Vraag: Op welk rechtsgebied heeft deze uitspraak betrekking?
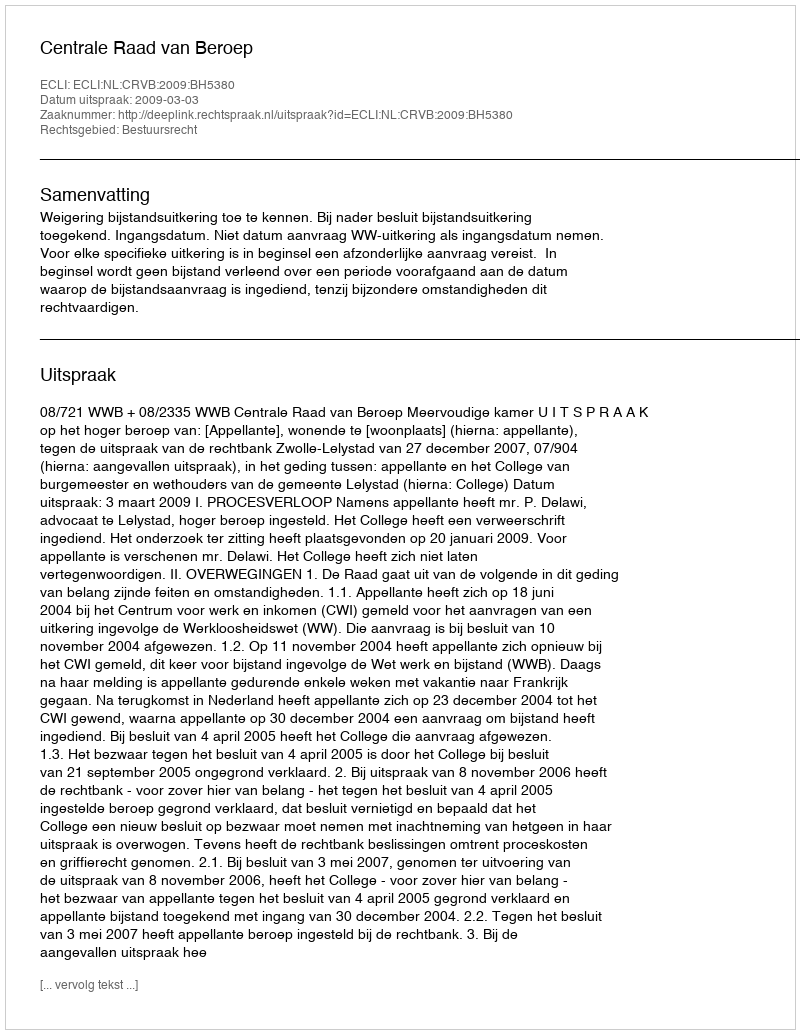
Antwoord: Bestuursrecht